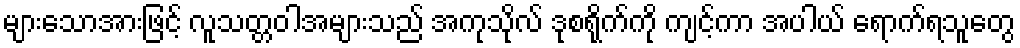
များသောအားဖြင့် လူသတ္တဝါအများသည် အကုသိုလ် ဒုစရိုက်ကို ကျင့်ကာ အပါယ် ရောက်ရသူတွေ